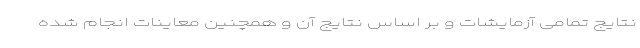
نتایج تمامی آزمایشات و بر اساس نتایج آن و همچنین معاینات انجام شده